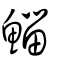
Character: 鯔